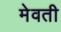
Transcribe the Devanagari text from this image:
मेवती